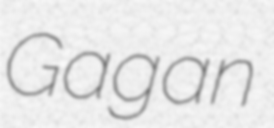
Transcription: Gagan